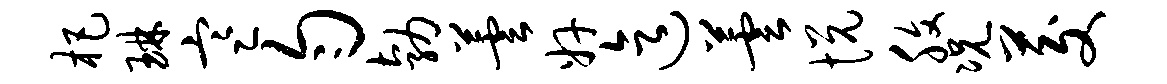
杷琳寒匀勃芸奸迄芸悦腹况茭